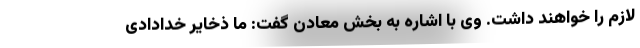
لازم را خواهند داشت. وی با اشاره به بخش معادن گفت: ما ذخایر خدادادی